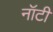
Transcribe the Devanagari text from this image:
नॉटी